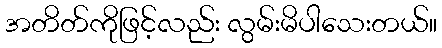
အတိတ်ကိုဖြင့်လည်း လွမ်းမိပါသေးတယ်။